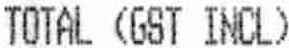
TOTAL (GST INCL)